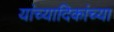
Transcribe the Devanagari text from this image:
यांच्यादिकांच्या